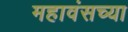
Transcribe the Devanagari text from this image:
महावंसच्या